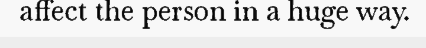
affect the person in a huge way.